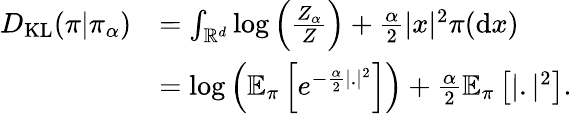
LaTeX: \begin{array}{rl}{D_{\mathrm{KL}}(\pi|\pi_{\alpha})}&{=\int_{\mathbb{R}^{d}}\mathrm{log}\left(\frac{Z_{\alpha}}{Z}\right)+\frac{\alpha}{2}|x|^{2}\pi(\mathrm{d}x)}\\ &{=\mathrm{log}\left(\mathbb{E}_{\pi}\left[e^{-\frac{\alpha}{2}|.|^{2}}\right]\right)+\frac{\alpha}{2}\mathbb{E}_{\pi}\left[|.|^{2}\right].}\end{array}